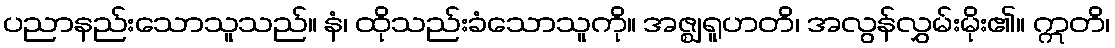
ပညာနည်းသောသူသည်။ နံ၊ ထိုသည်းခံသောသူကို။ အဇ္ဈရူဟတိ၊ အလွန်လွှမ်းမိုး၏။ ဣတိ၊